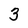
Character: 3